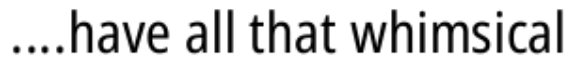
....have all that whimsical